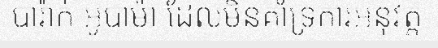
បារ៉ាក់ អូបាម៉ា ដែលមិនគាំទ្រការអនុវត្ត